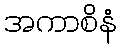
အကာစိနံ